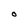
Character: O